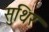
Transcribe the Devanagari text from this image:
सुथिर